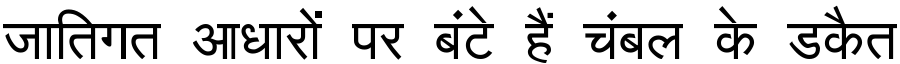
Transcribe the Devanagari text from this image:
जातिगत आधारों पर बंटे हैं चंबल के डकैत